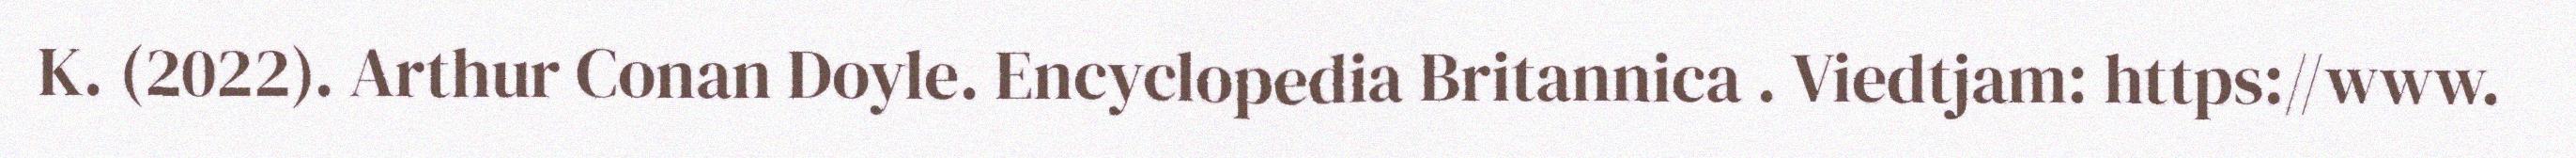
K. (2022). Arthur Conan Doyle. Encyclopedia Britannica . Viedtjam: https://www.